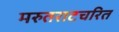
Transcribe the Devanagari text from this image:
मरुतराटचरित